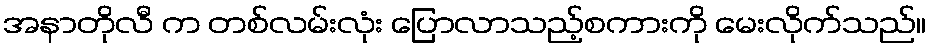
အနာတိုလီ က တစ်လမ်းလုံး ပြောလာသည့်စကားကို မေးလိုက်သည်။